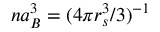
n a _ { B } ^ { 3 } = ( 4 \pi r _ { s } ^ { 3 } / 3 ) ^ { - 1 }